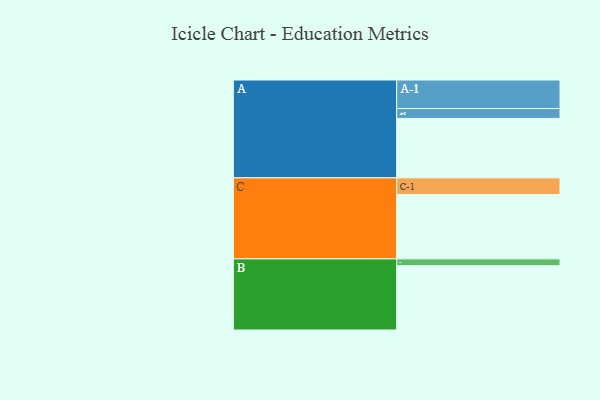
{"axis": {"x": "Segment", "y": "Value"}, "legend": ["", "A", "B", "C"], "data": [{"x": "A", "y": 487, "type": ""}, {"x": "B", "y": 527, "type": ""}, {"x": "C", "y": 527, "type": ""}, {"x": "A-1", "y": 234, "type": "A"}, {"x": "A-2", "y": 81, "type": "A"}, {"x": "B-1", "y": 56, "type": "B"}, {"x": "C-1", "y": 137, "type": "C"}]}